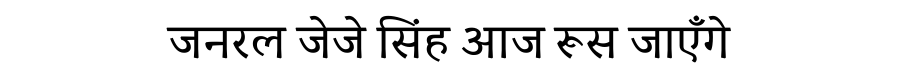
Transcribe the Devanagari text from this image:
जनरल जेजे सिंह आज रूस जाएँगे